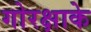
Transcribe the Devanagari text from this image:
गोरक्षाके